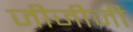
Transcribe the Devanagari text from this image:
जीजीजी